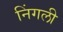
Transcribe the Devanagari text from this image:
निंगली